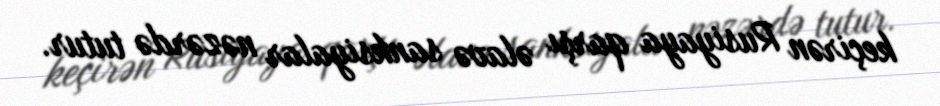
keçirən Rusiyaya qarşı əlavə sanksiyalar nəzərdə tutur.